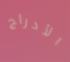
الأدراج